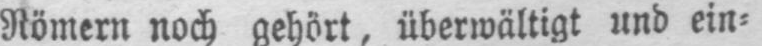
Römern noch gehört, überwältigt und ein⸗